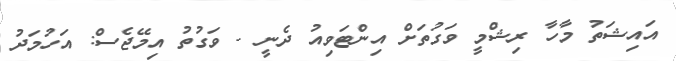
އައިޝަތު މާހާ ރިޝްމީ ވަގުތަށް އިންޓަވިއު ދެނީ - ވަގުތު އިމޭޖެސް: އަހުމަދު